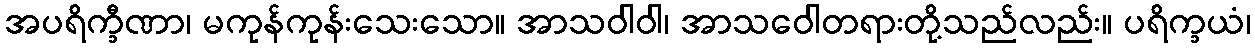
အပရိက္ခီဏာ၊ မကုန်ကုန်းသေးသော။ အာသဝါဝါ၊ အာသဝေါတရားတို့သည်လည်း။ ပရိက္ခယံ၊